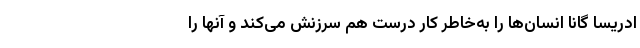
ادریسا گانا انسان‌ها را به‌خاطر کار درست هم سرزنش می‌کند و آنها را